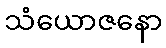
သံယောဇနော